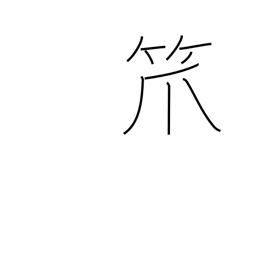
Meaning: bamboo basket